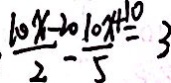
\frac { 1 0 x - 2 0 } { 2 } - \frac { 1 0 x + 1 0 } { 5 } = 3